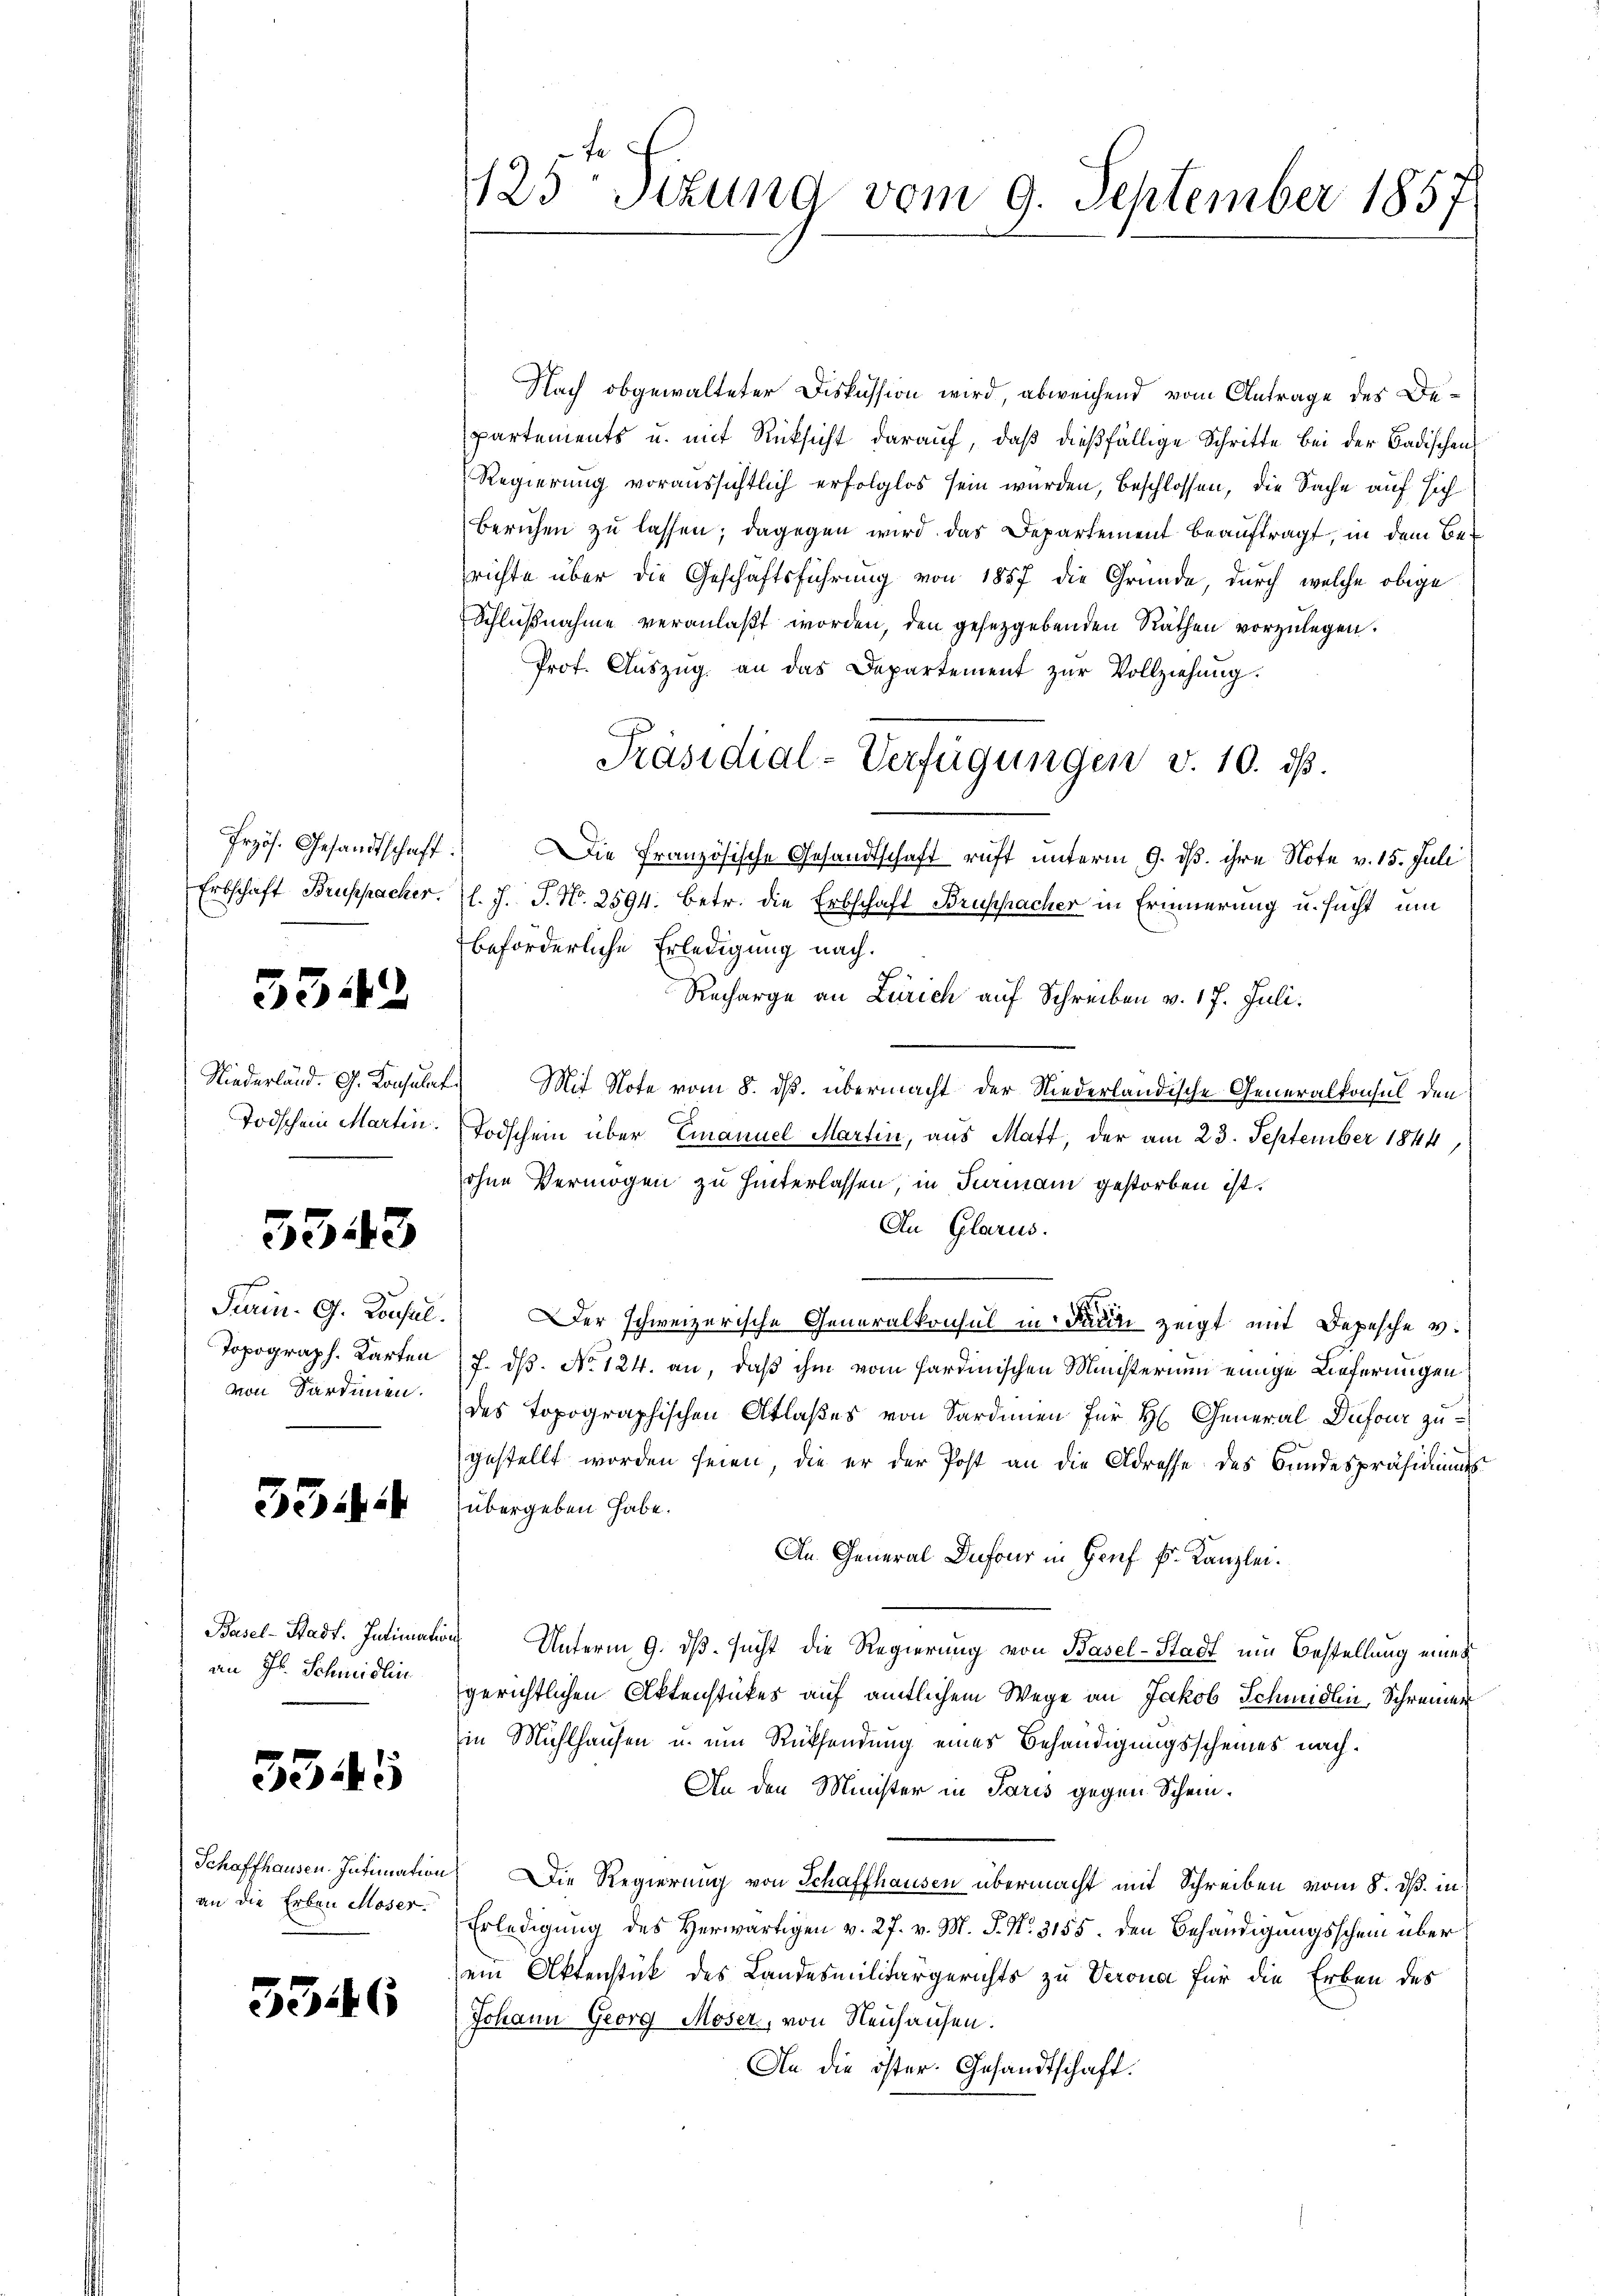
3342

5543

Topograph. Karten
von Sardinen.

35

Basel-Stadt. Intimitis
an Hr. Schmidlin

3345

an die Erben Moser.

5346

125 Sizung vom 9. September 1857

Nach obgewalteter Diskussion wird, abweichend vom Antrage des Departements u. mit Rücksicht darauf, daß dießfällige Schritte bei der Badischen
Regierung voraussichtlich erfolglos sein wurden, beschlossen, die Sache auf sich
Berichen zu lassen; dagegen wird das Departement beauftragt, in dem Berichte über die Geschäftsführung von 1857 die Gründe, durch welche obige
Schlußnahme veranlaßt worden, den gesetzgebenden Räthen vorzulegen.
Prof. Aŭszŭg. an das Departement zŭr Vollziehung.
Frzös. Gesandtschaft. Die Französische Gesandtschaft ruft unterm 9. ds. ihre Note v. 15. Juli
Erbschaft Bruppacher. l. J. J. N. 2594. betr. die Erbschaft Bruppacher in Erinnerung u. sucht um
beförderliche Erledigung nach.
.
Recharge an Zürich auf Schreiben v. 17. Juli.
Niederländ. G. Konsulat. Mit Note vom 8. ds. übermacht der Niederländische Generalkonsul den
Todschein Martin. Todschein über Emanuel Martin, aus Matt, der am 23. September 1844
ohne Vermögen zu hinterlassen, in Parmann gestorben ist.
Au Glarus.
Turin. G. Consul er schweizerische Generalkonsul in Faden zeigt mit Depesche v.
J. dß. No 124. an, daß ihm vom Hardinischen Ministerium einige Lieferungen
des Topographischen Atlaßes von Sardinen für H. General Dufour zugestellt worden seien, die er der Post an die Adresse des Bundespräsidiums
übergeben habe.
An General Dufour in Genf E. Kanzlei.
iach Unterm 9. ds. sucht die Regierung von Basel-Stadt um Bestellung eines
gerichtlichen Aktenstückes auf amtlichem Wege an Jakob Schmidlin, Schreiner
in Mühlhausen u. um Rücksendung eines Behändigungsscheines nach¬
An den Minister in Paris gegen Schein¬
Schaffhausen Intimation Die Regierung von Schaffhausen übermacht mit Schreiben vom 8. dß. in
Erledigung des Herwärtigen v. 27. v. M. P. Nr. 3155. den Behändigungsschein überein Aktenstück des Landesmilitärgerichts zu Verona für die Erben des
Johann Georg Moser, von Neuhausen.
An die öster. Gesandtschaft.

Präsidial-Verfügungen v. 10. ds.